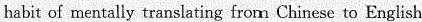
habit of mentally translating from Chinese to English